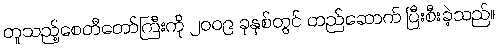
တူသည့်စေတီတော်ကြီးကို ၂၀၀၉ ခုနှစ်တွင် တည်ဆောက် ပြီးစီးခဲ့သည်။